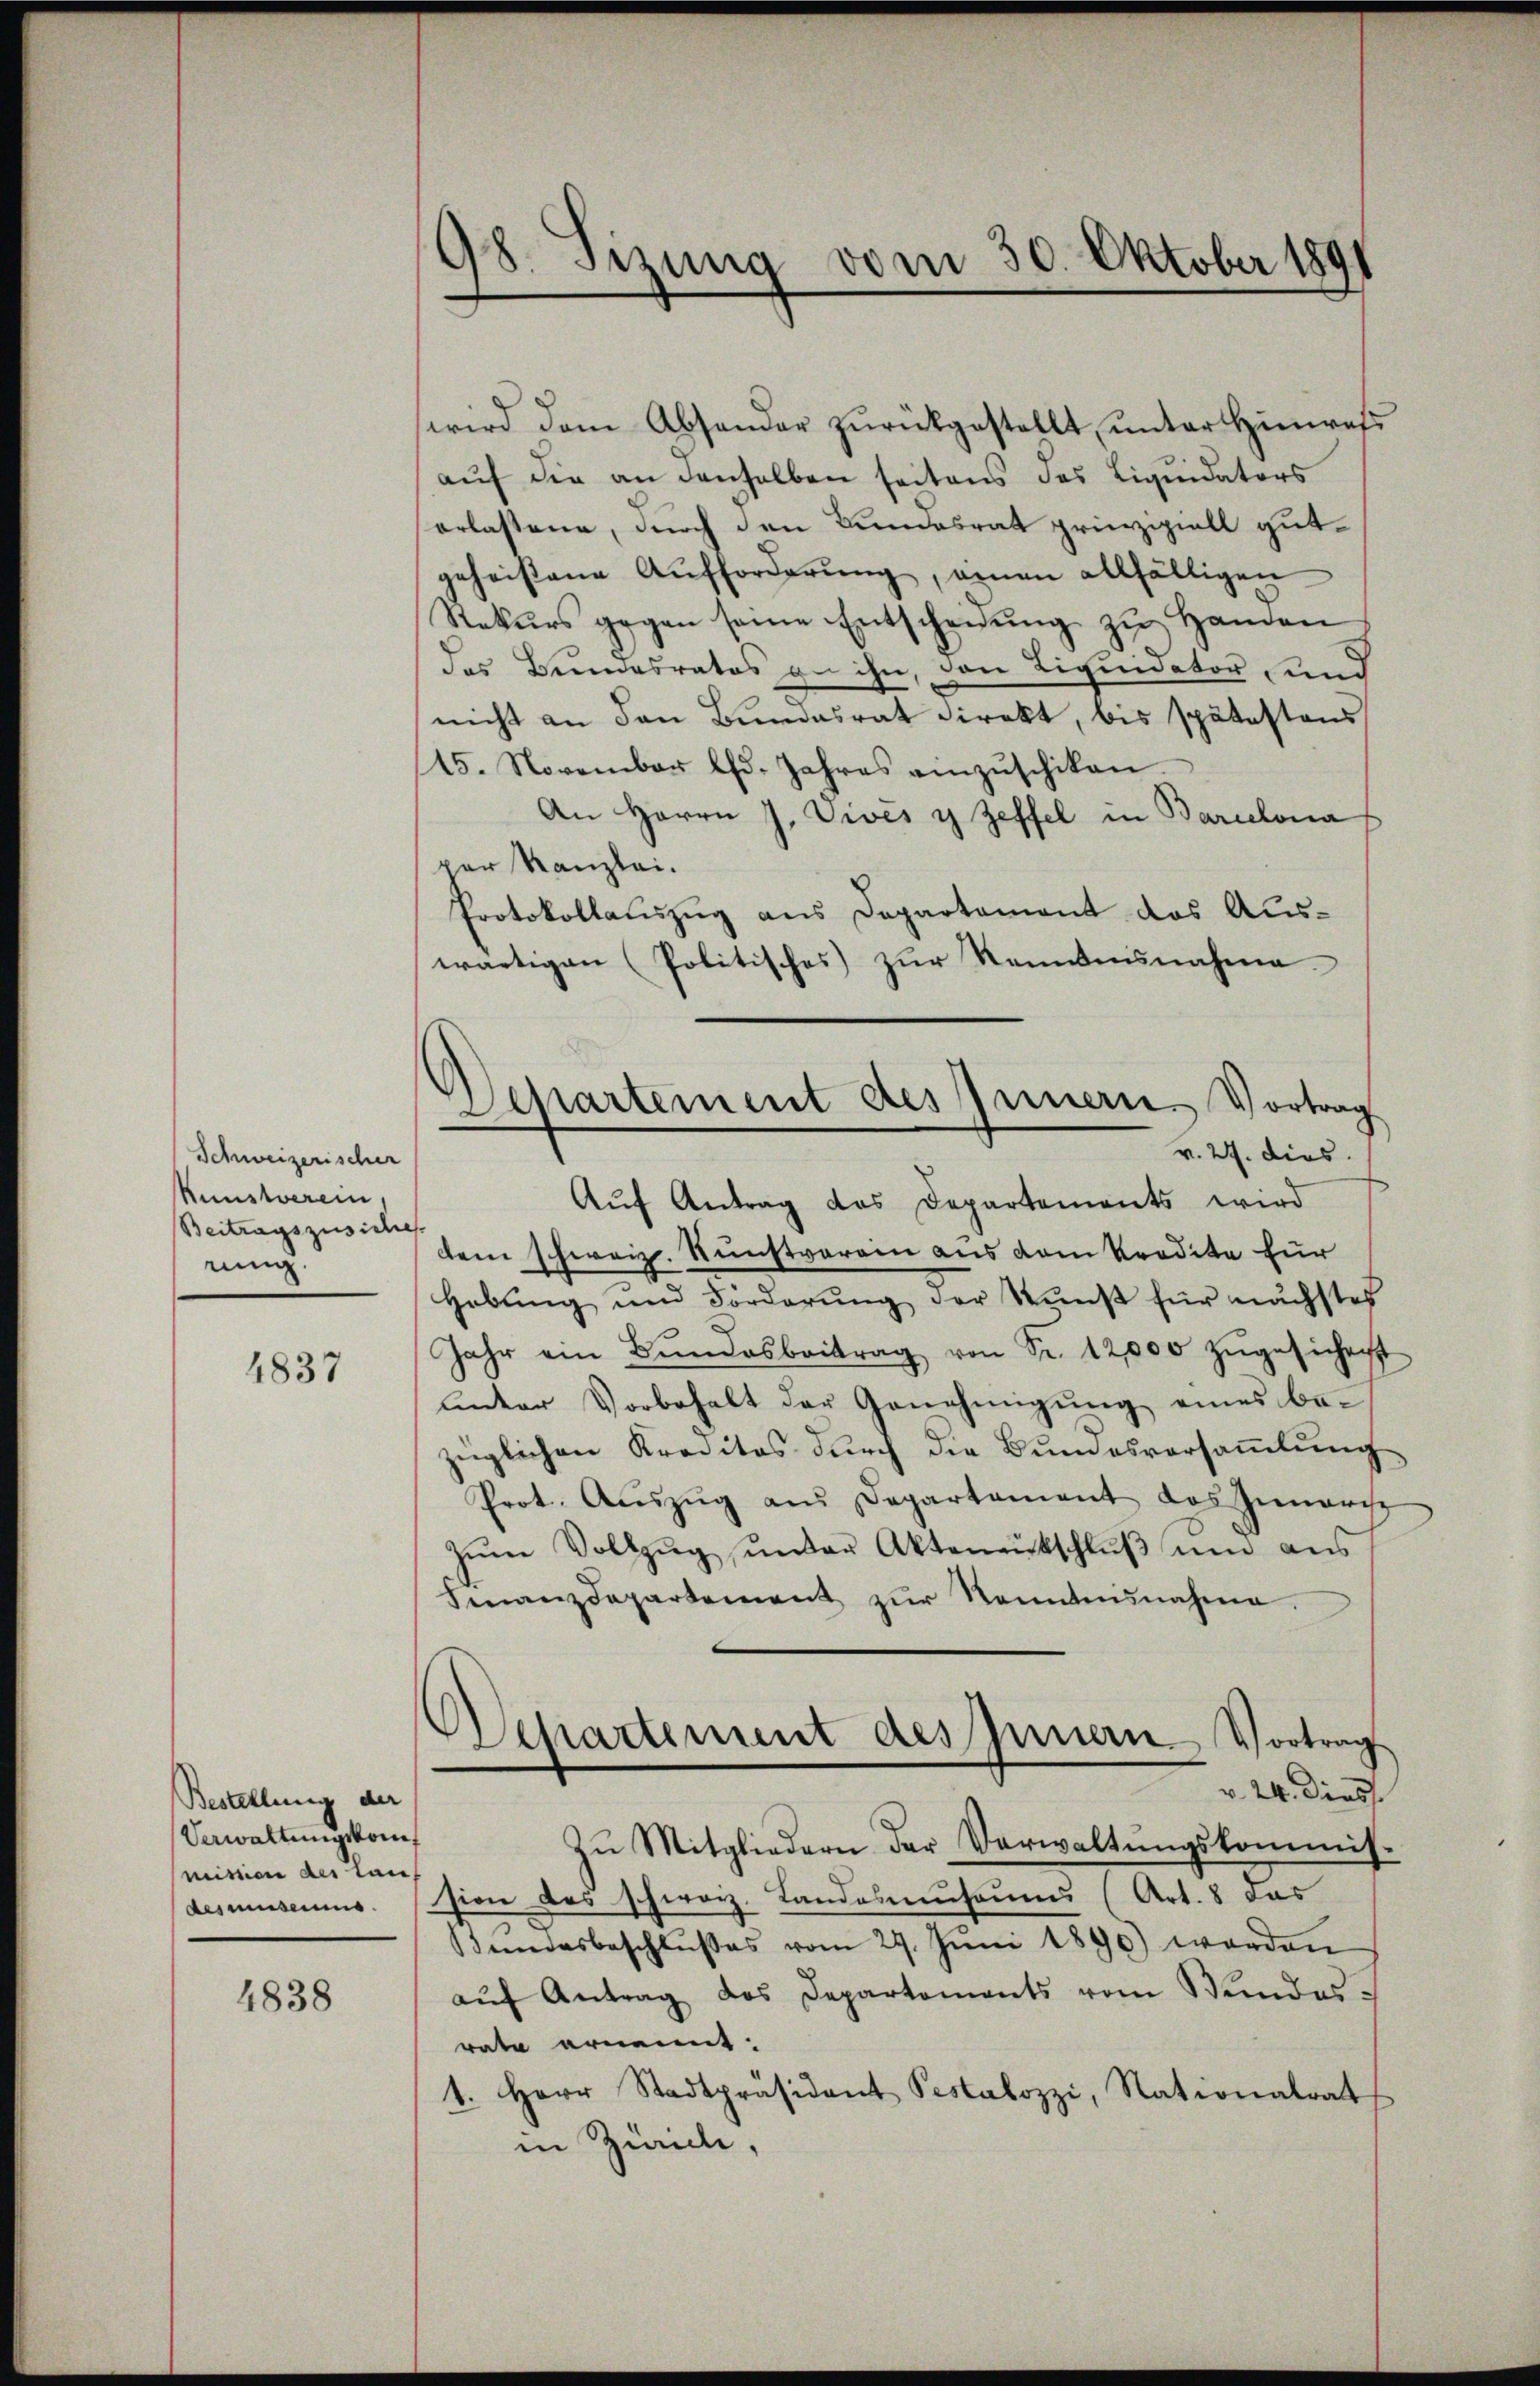
Schweizerischer
Kunstverein
Beitragszusicher
rung

4837

Bestellung der
Verwaltungskommission der lauf
desmuseums.

4838

38. Sizung vom 30. Oktober 1891

Departement des Innern Vortrag
v. 27. dies

wird dem Absonder zŭrückgestellt, unter Hinrets
aŭf die an denselben seitens des Liquidators
erlassene, durch den Bundesrat prinzipiell gutgeheißene Aufforderŭng, einen allfälligen
Rekŭrs gegen seine Entscheidŭng zŭ Handen
der Beendesrates an ihn, den Liquidator ung
nicht an den Bundesrat direkt, bis spätestens
15. November Ch. Jahres anzŭschiken
An Herrn J. Vives y Zeffel in Barcelona
per Kanzlei.
Protokollauszug aus Departement das Auswärtigen (Politisches zur Kenntnisnahme
Auf Antrag das Departements wird
dem schweiz. Kunstverein aus vom Kredite für
Hebŭng und Förderŭng der Kunst für nächstes
Jahr ein Bŭndesbeitrag von Fr. 12,000 zŭgesichert
ŭnter Vorbehalt der Genehmigŭng eines be-
züglichen Kreditos durch die Bundesversammlung
Prot. Aŭszŭg ans Departement das Zinaris
zŭm Vollzŭg ŭnter Aktenentschlŭβ ŭm aŭs
Finanzdepartement zŭr Kenntensnahme.
Departement des Innern Vortrag
v. 24. Diess.
Zŭ Mitgliedern der Verwaltŭngskommis-
sion des schweiz. Landasmuseums (Art. 8 das
Bundesbeschlußes vom 29. Jŭni 1890) worden
aŭf Antrag des Departements vom Bundes-
rate ernennt:
1. Herr Stadtpräsident Pestalozzi, Nationalrat
in Zürich,